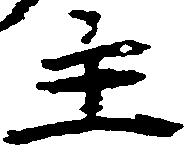
主